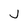
Character: j